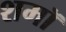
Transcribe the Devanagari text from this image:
शमॉ